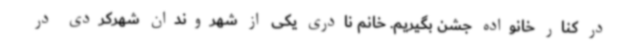
در کنار خانواده جشن بگیریم. خانم نادری یکی از شهروندان شهرکردی در